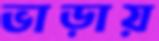
ভাড়ায়